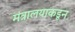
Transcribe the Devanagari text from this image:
मंत्रालयाकडून